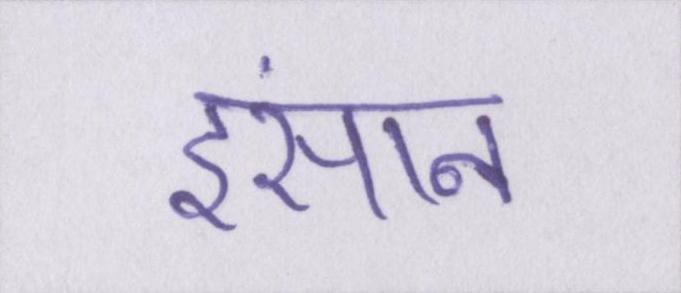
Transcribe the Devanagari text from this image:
इंसान